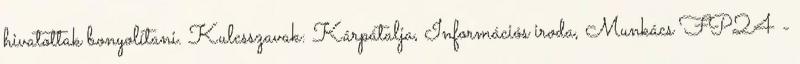
hivatottak bonyolítani. Kulcsszavak: Kárpátalja, Információs iroda, Munkács FP24 -